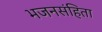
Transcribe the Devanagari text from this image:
भजनसंहिता